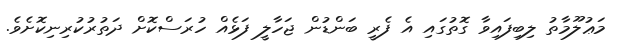
މަޢުލޫމާތު ލިބިފައިވާ ގޮތުގައި އެ ފެރީ ބަންޑުން ޖަހާލީ ފަޅެއް ހުރަސްކޮށް ދަތުރުކުރިނިކޮށެވެ.